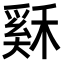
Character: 𥡙